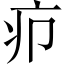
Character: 疖